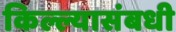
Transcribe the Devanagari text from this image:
किल्ल्यासंबधी